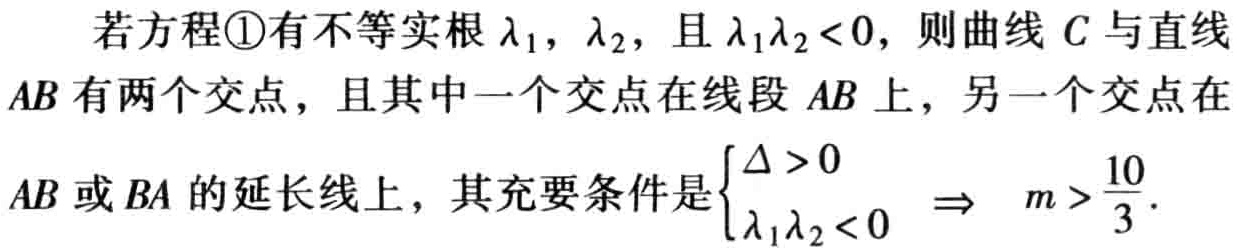
若方程\textcircled{1}有不等实根$\lambda _{1}$，$\lambda _{2}$，且$\lambda _{1}\lambda _{2}<0$，则曲线$C$与直线$AB$有两个交点，且其中一个交点在线段$AB$上，另一个交点在$AB$或$BA$的延长线上，其充要条件是$\begin{cases}\Delta >0 \\ \lambda _{1}\lambda _{2}<0\end{cases}\Rightarrow m > \dfrac{10}{3}.$